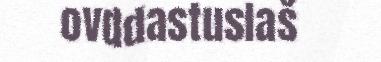
ovddastuslaš